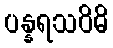
ပန္နရသဝိဓိ